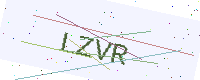
Text: LZVR